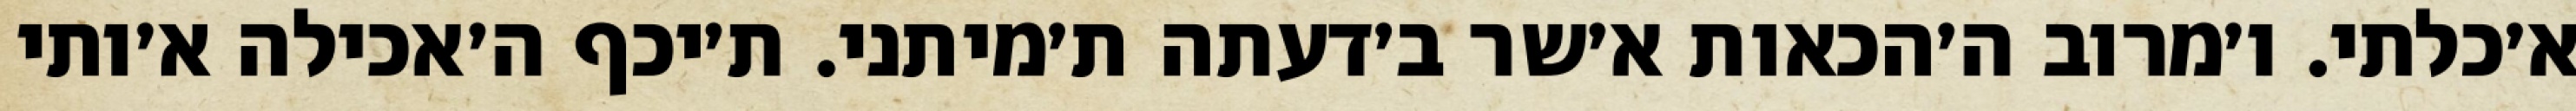
א׳כלתי. ו׳מרוב ה׳הכאות א׳שר ב׳דעתה ת׳מיתני. ת׳יכף ה׳אכילה א׳ותי